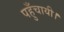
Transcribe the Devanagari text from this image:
पहुँचायी।